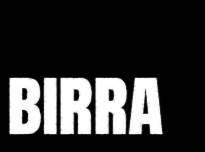
birra